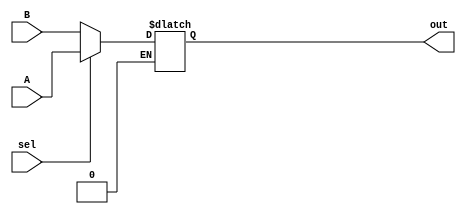
`timescale 1ns/1ps
module mux2_1(
	input [4:0]A,
	input [4:0]B,
	input sel,
	output reg [4:0]out
);



always @(*)
begin
	if(sel == 1)
	begin
		out = A;
	end 
	else if (sel == 0)
	begin
		out = B;
	end
end

endmodule